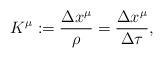
LaTeX: \begin{align*}K^{\mu}:=\frac{\Delta x^\mu}{\rho}=\frac{\Delta x^\mu}{\Delta\tau},\end{align*}